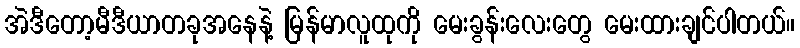
အဲဒီတော့မီဒီယာတခုအနေနဲ့ မြန်မာလူထုကို မေးခွန်းလေးတွေ မေးထားချင်ပါတယ်။